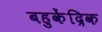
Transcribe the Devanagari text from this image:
बहुकेंद्रिक